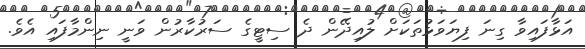
އަޅާފައިވާ ގިނަ ފިޔަވަޅުތަކަށް ލުއިދޭން ދެ ސިޓީގެ ސަރުކާރުން ވަނީ ނިންމާފައި އެވެ.